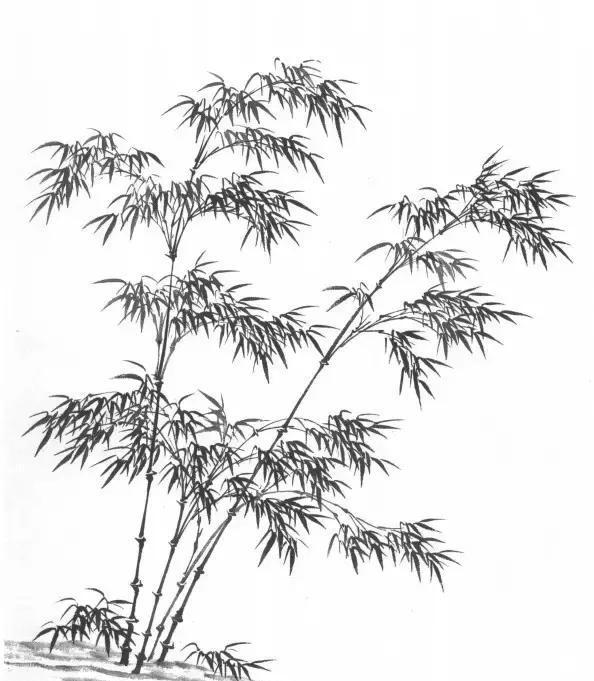
野桥梅几树，并是白纷纷。